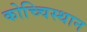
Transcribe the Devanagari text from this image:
कोच्चिस्थान